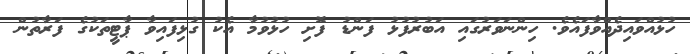
ހުޅުއްވައިދެއްވާފައެވެ. ހިންނަވަރުގައި އަބުރުފުޅު ފަންޑު ފޮށި ހުޅުވުމާ އެކު ގުޅިފައިވާ ޕާޓީތަކުގެ ފަރާތުން